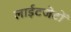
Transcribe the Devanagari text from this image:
लाईटजेटों